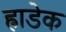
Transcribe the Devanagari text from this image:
ह्राडेक